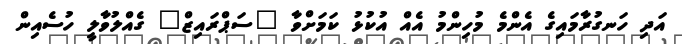
އަދި ހަނގުރާމައިގެ އެންމެ މުހިންމު އެއް އުކުޅު ކަމަށްވާ "ސަޕްރައިޒް" ގެއްލުވާލީ ހުސެއިން